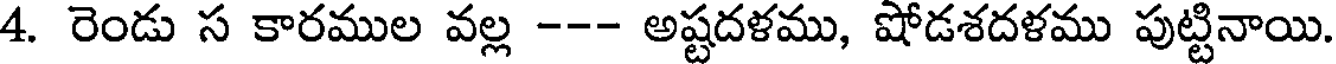
4. రెండు స కారముల వల్ల --- అష్టదళము, షోడశదళము పుట్టినాయి.